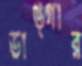
ডাঙ্গার